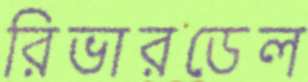
রিভারডেল